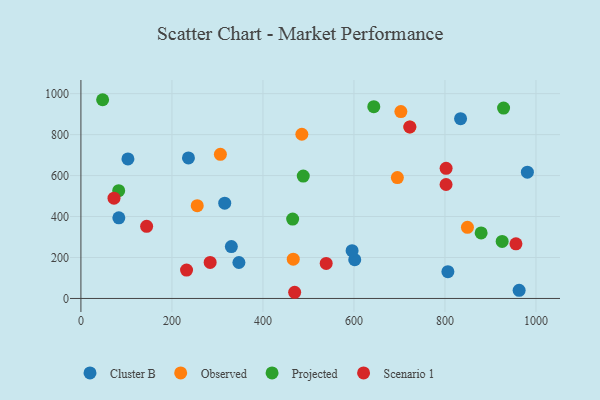
{"axis": {"x": "Speed", "y": "Exam Score"}, "legend": ["Cluster B", "Observed", "Projected", "Scenario 1"], "data": [{"x": "83.3", "y": 393.6, "type": "Cluster B"}, {"x": "981.1", "y": 616.4, "type": "Cluster B"}, {"x": "601.7", "y": 189.6, "type": "Cluster B"}, {"x": "236.3", "y": 686.1, "type": "Cluster B"}, {"x": "316.0", "y": 465.1, "type": "Cluster B"}, {"x": "330.6", "y": 253.1, "type": "Cluster B"}, {"x": "806.4", "y": 131.0, "type": "Cluster B"}, {"x": "595.9", "y": 233.4, "type": "Cluster B"}, {"x": "834.3", "y": 878.0, "type": "Cluster B"}, {"x": "103.3", "y": 681.1, "type": "Cluster B"}, {"x": "347.2", "y": 175.6, "type": "Cluster B"}, {"x": "963.0", "y": 39.5, "type": "Cluster B"}, {"x": "306.5", "y": 703.9, "type": "Observed"}, {"x": "722.9", "y": 837.5, "type": "Observed"}, {"x": "695.4", "y": 590.1, "type": "Observed"}, {"x": "466.6", "y": 191.9, "type": "Observed"}, {"x": "849.4", "y": 347.5, "type": "Observed"}, {"x": "485.5", "y": 801.8, "type": "Observed"}, {"x": "703.1", "y": 912.5, "type": "Observed"}, {"x": "255.6", "y": 452.9, "type": "Observed"}, {"x": "47.7", "y": 970.3, "type": "Projected"}, {"x": "488.6", "y": 597.6, "type": "Projected"}, {"x": "643.6", "y": 936.4, "type": "Projected"}, {"x": "928.8", "y": 929.7, "type": "Projected"}, {"x": "879.5", "y": 320.0, "type": "Projected"}, {"x": "925.7", "y": 278.7, "type": "Projected"}, {"x": "465.3", "y": 387.6, "type": "Projected"}, {"x": "83.0", "y": 526.3, "type": "Projected"}, {"x": "232.1", "y": 138.7, "type": "Scenario 1"}, {"x": "284.0", "y": 175.9, "type": "Scenario 1"}, {"x": "802.4", "y": 556.3, "type": "Scenario 1"}, {"x": "802.5", "y": 635.5, "type": "Scenario 1"}, {"x": "72.7", "y": 489.8, "type": "Scenario 1"}, {"x": "144.4", "y": 352.1, "type": "Scenario 1"}, {"x": "539.0", "y": 171.0, "type": "Scenario 1"}, {"x": "722.7", "y": 837.2, "type": "Scenario 1"}, {"x": "956.0", "y": 266.7, "type": "Scenario 1"}, {"x": "469.7", "y": 30.2, "type": "Scenario 1"}]}